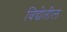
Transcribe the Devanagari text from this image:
विद्येतील